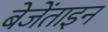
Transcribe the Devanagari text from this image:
बेजेंताइन